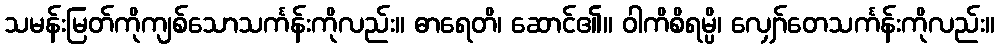
သမန်းမြတ်ကိုကျစ်သောသင်္ကန်းကိုလည်း။ ဓာရေတိ၊ ဆောင်၏။ ဝါကိစိရမ္ပိ၊ လျှော်တေသင်္ကန်းကိုလည်း။